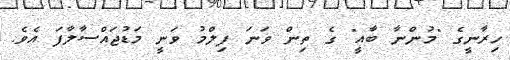
ހިރާނީގެ "މުންނާ ބާއީ" ގެ ތިން ވަނަ ފިލްމު ވަނީ މަޑުޖައްސާލާފަ އެވެ.